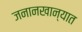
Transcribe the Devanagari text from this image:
जनानखान्यात